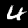
Digit: 4